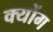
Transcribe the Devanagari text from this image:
क्योंग